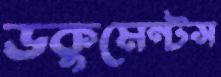
ডকুমেন্টস